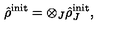
\hat { \rho } ^ { \mathrm { \scriptsize { i n i t } } } = \otimes _ { J } \hat { \rho } _ { J } ^ { \mathrm { \scriptsize { i n i t } } } ,